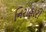
નિરાહારી